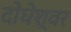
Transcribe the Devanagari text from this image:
दोधेश्वर